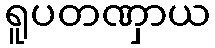
ရူပတဏှာယ